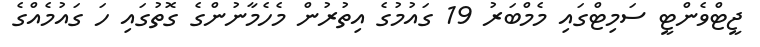
ޖީޓްވެންޓީ ސަމިޓްގައި މެމްބަރު 19 ގައުމުގެ އިތުރުން މެހެމާނުންގެ ގޮތުގައި ހަ ގައުމެއްގެ